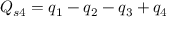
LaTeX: Q _ { s 4 } = q _ { 1 } - q _ { 2 } - q _ { 3 } + q _ { 4 }